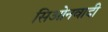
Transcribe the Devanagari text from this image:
सिओनवादी